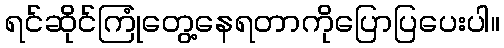
ရင်ဆိုင်ကြုံတွေ့နေရတာကိုပြောပြပေးပါ။